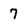
Character: 7